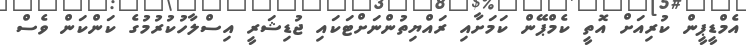
އެމްޑީޕީން ކުރިއަށް އޮތީ ކެމްޕޭން ކަމަށާއި ރައްޔިތުންނަށްޓަކައި ޖުޑިޝަރީ އިސްލާހުކުރުމުގެ ކަންކަން ވެސް